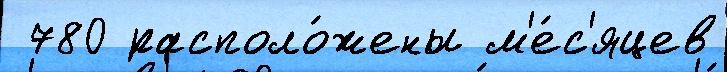
 780 располо́жены м'е́с'яцев